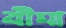
বীমা